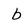
Character: b